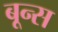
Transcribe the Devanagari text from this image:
बून्स